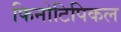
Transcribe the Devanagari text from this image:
फिनोटिपिकल